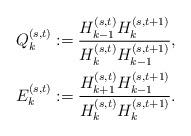
LaTeX: \begin{align*}&Q_k^{(s,t)}:=\frac{H_{k-1}^{(s,t)}H_{k}^{(s,t+1)}}{H_{k}^{(s,t)}H_{k-1}^{(s,t+1)}},\\&E_k^{(s,t)}:=\frac{H_{k+1}^{(s,t)}H_{k-1}^{(s,t+1)}}{H_{k}^{(s,t)}H_{k}^{(s,t+1)}}.\end{align*}